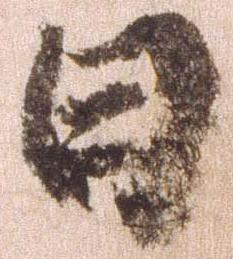
日